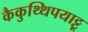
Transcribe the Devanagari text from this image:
कैकुथ्थिपयाट्टू